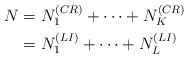
LaTeX: \begin{align*}N &= N_1^{(CR)} + \dots + N_K^{(CR)}\\ &= N_1^{(LI)} + \dots + N_L^{(LI)}\end{align*}